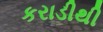
કરાડીથી